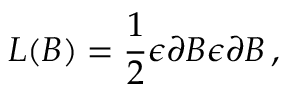
L ( B ) = \frac { 1 } { 2 } \epsilon \partial B \epsilon \partial B \, ,